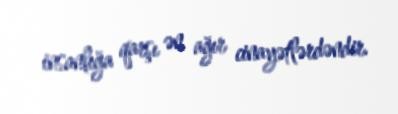
insanlığa qarşı ən ağır cinayətlərdəndir.